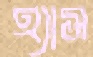
হ্যাস